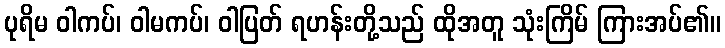
ပုရိမ ဝါကပ်၊ ဝါမကပ်၊ ဝါပြတ် ရဟန်းတို့သည် ထိုအတူ သုံးကြိမ် ကြားအပ်၏။